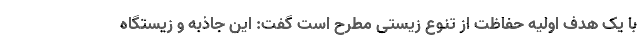
با یک هدف اولیه حفاظت از تنوع زیستی مطرح است گفت: این جاذبه و زیستگاه